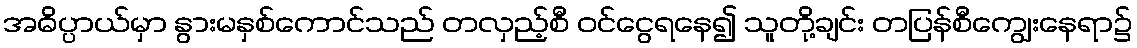
အဓိပ္ပာယ်မှာ နွားမနှစ်ကောင်သည် တလှည့်စီ ဝင်ငွေရနေ၍ သူတို့ချင်း တပြန်စီကျွေးနေရာ၌